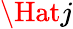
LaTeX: \Hat{j}